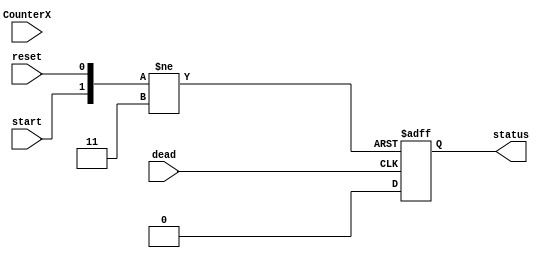
`timescale 1ns / 1ps
//////////////////////////////////////////////////////////////////////////////////
// Company: 
// Engineer: 
// 
// Design Name: 
// Module Name:    status 
// Project Name: 
// Target Devices: 
// Tool versions: 
// Description: 
//
// Dependencies: 
//
// Revision: 
// Revision 0.01 - File Created
// Additional Comments: 
//
//////////////////////////////////////////////////////////////////////////////////
module status(reset,start,dead,CounterX,status);
input reset,dead,start,CounterX;
output reg status;
initial begin status = 1; end


always@(negedge reset or negedge start or negedge dead)
begin
if (!reset) begin
	status = 1; 
	end
else if (!start) begin
	status = 1; 
	end
else if (!dead) begin
	status = 0; 
	end//Start game
end




endmodule